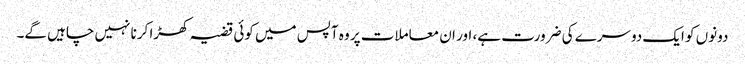
دونوں کو ایک دوسرے کی ضرورت ہے، اور ان معاملات پر وہ آپس میں کوئی قضیہ کھڑا کرنا نہیں چاہیں گے۔